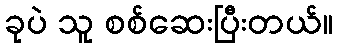
ခုပဲ သူ စစ်ဆေးပြီးတယ်။